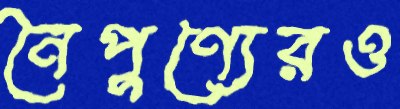
নৈপুণ্যেরও